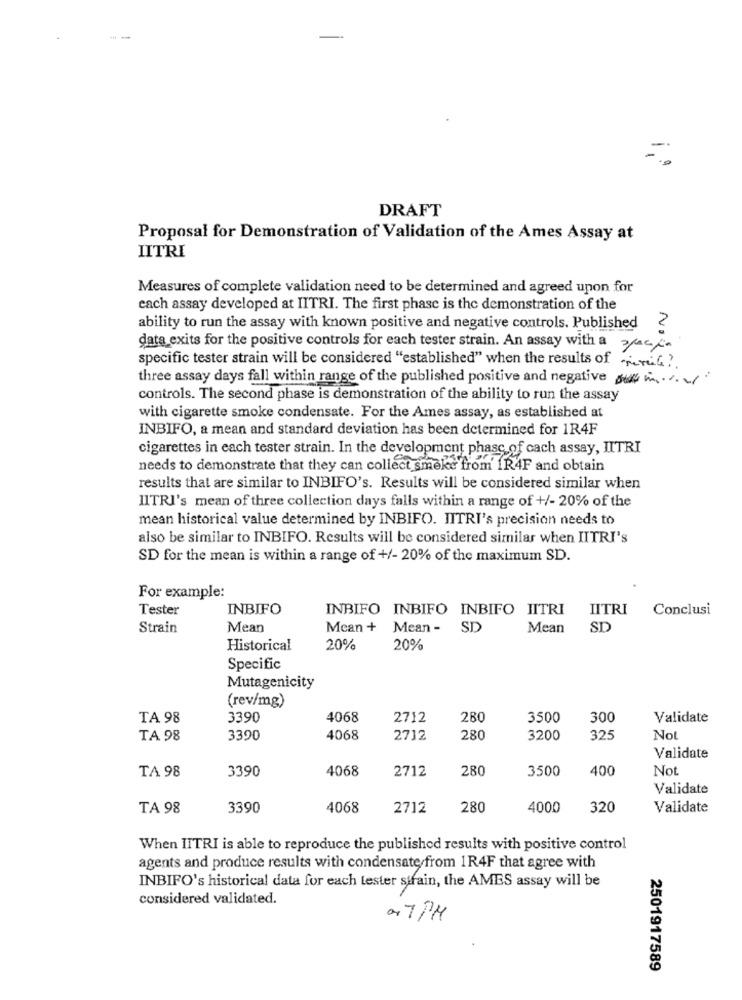
DRAFT
Proposal for Demonstration of Validation of the Ames Assay at
LITRI
Measures of complete validation need to be determined and agreed upon for
each assay developed at IITRI. The first phase is the demonstration of the
ability to run the assay with known positive and negative controls. Published
2
data exits for the positive controls for each tester strain. An assay with a sacc-
specific tester strain will be considered "established" when the results of rerG ?
three assay days fall within range of the published positive and negative
controls. The second phase is demonstration of the ability to run the assay
with cigarette smoke condensate. For the Ames assay, as established at
INBIFO, a mean and standard deviation has been determined for 1R4F
cigarettes in each tester strain. In the development phase of cach assay, IITRI
needs to demonstrate that they can collect smeke from 1R4F and obtain
results that are similar to INBIFO's. Results will be considered similar when
LITRI's mean of three collection days falls within a range of +/- 20% of the
mean historical value determined by INBIFO. IITRI's precision needs to
also be similar to INBIFO. Results will be considered similar when IITRI's
SD for the mean is within a range of +/- 20% of the maximum SD.
For example:
Tester
INBIFO
INBIFO INBIFO INBIFO JITRI
LITRI
Conclusi
Strain
Mean
Mean + Mean -
SD
Mean
SD
Historical
20%
20%
Specific
Mutagenicity
(rev/mg)
TA 98
3390
4068
2712
280
3500
300
Validate
TA 98
3390
4068
2712
280
3200
325
Not
Validate
TA 98
3390
4068
2712
280
3500
400
Not.
Validate
TA 98
3390
4068
2712
280
4000
320
Validate
When IITRI is able to reproduce the published results with positive control
agents and produce results with condensate from 1R4F that agree with
INBIFO's historical data for each tester strain, the AMES assay will be
considered validated.
0. 7PM
2501917589